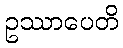
ဥဿာပေတိ